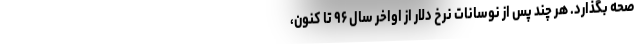
صحه بگذارد. هر چند پس از نوسانات نرخ دلار از اواخر سال ۹۶ تا کنون،